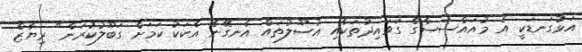
އަޅުގަނޑަކީ އެ މުއައްސަސާގެ ގަވައިދުތަކާއި އުސޫލުތައް އެނގޭނެ އެކަކު ކަމަށް ގަބޫލުކުރަން" ރިޔާޒް